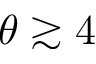
\theta \gtrsim 4